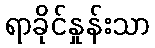
ရာခိုင်နှုန်းသာ